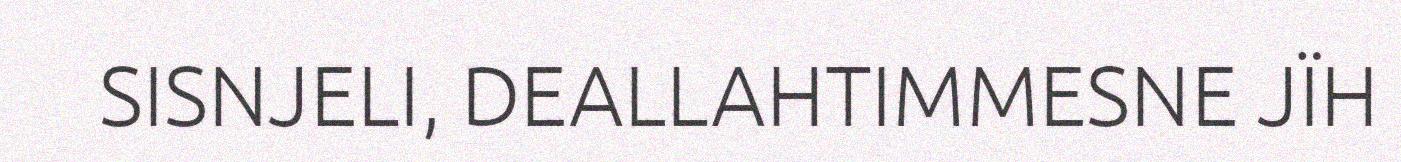
SISNJELI, DEALLAHTIMMESNE JÏH